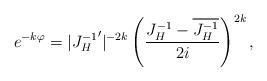
LaTeX: \begin{align*}e^{-k\varphi}=|{J_H^{-1}}'|^{-2k}\left({J_H^{-1}-\overline{J_H^{-1}}\over 2i}\right)^{2k},\end{align*}